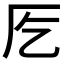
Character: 𭆀